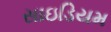
સાઇડિયમ